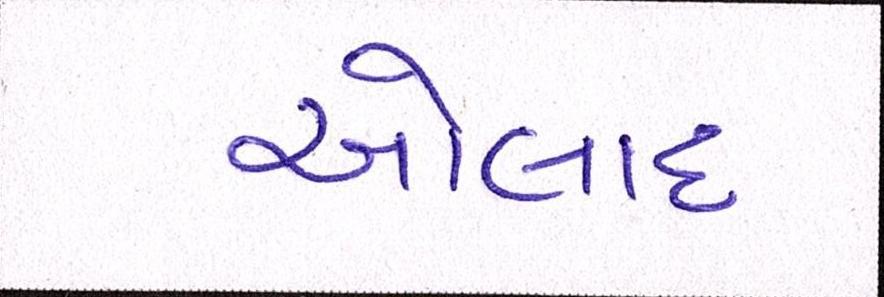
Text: ઓલાદ